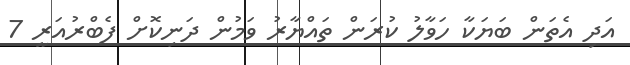
އަދި އެތަން ބަޔަކާ ހަވާލު ކުރަން ތައްޔާރު ވަމުން ދަނިިކޮށް ފެބްރުއަރީ 7